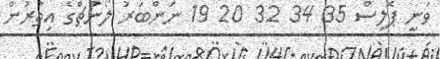
ވަނީ ޕޮލިސް 35 34 32 20 19 ނަންބަރު ލޯންޗްގެ އިތުރުން